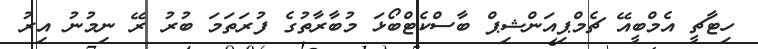
ހިޓާޗީ އެމްބީއޭ ޗެމްޕިއަންޝިޕް ބާސްކެޓްބޯޅަ މުބާރާތުގެ ފުރަތަމަ ބުރު ރޭ ނިމުނު އިރު